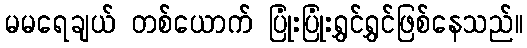
မမရေချယ် တစ်ယောက် ပြုံးပြုံးရွှင်ရွှင်ဖြစ်နေသည်။